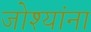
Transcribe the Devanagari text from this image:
जोश्यांना